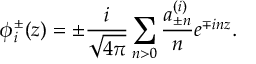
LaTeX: \phi _ { i } ^ { \pm } ( z ) = \pm \frac { i } { \sqrt { 4 \pi } } \sum _ { n > 0 } \frac { a _ { \pm n } ^ { ( i ) } } { n } e ^ { \mp i n z } .